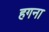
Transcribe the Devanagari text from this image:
हगना